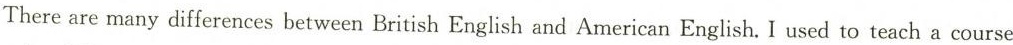
There are many differences between British English and American English. I used to teach a course